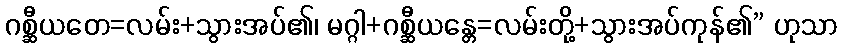
ဂစ္ဆီယတေ=လမ်း+သွားအပ်၏၊ မဂ္ဂါ+ဂစ္ဆီယန္တေ=လမ်းတို့+သွားအပ်ကုန်၏” ဟုသာ